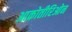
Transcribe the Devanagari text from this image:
आक्रोतीरिओन